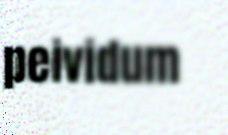
peividum